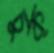
চুক্